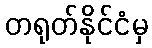
တရုတ်နိုင်ငံမှ